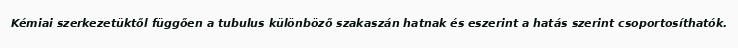
Kémiai szerkezetüktől függően a tubulus különböző szakaszán hatnak és eszerint a hatás szerint csoportosíthatók.